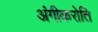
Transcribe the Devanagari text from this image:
अंगीकरोति